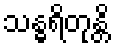
သန္ဓရိတုန္တိ